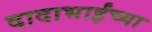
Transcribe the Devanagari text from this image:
दादाभाईंच्या